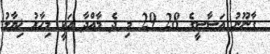
ގާނޫނު އަސާސީގެ 28 29 މި ދެ މާއްދާ އަކީ މިހާރު ޚިޔާލު